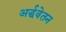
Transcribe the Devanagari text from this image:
अर्द्धवेतन